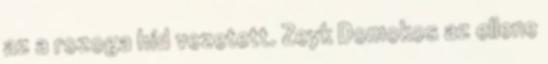
az a rozoga híd vezetett. Zeyk Domokos az ellene